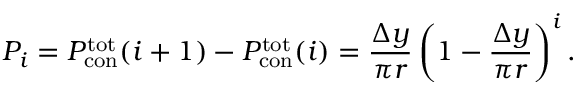
P _ { i } = P _ { \mathrm { c o n } } ^ { \mathrm { t o t } } ( i + 1 ) - P _ { \mathrm { c o n } } ^ { \mathrm { t o t } } ( i ) = \frac { \Delta y } { \pi r } \left( 1 - \frac { \Delta y } { \pi r } \right) ^ { i } .